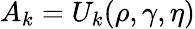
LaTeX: A_{k}=U_{k}(\rho,\gamma,\eta)